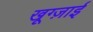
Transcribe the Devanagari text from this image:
खूग्ज़ाई